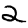
Digit: 2